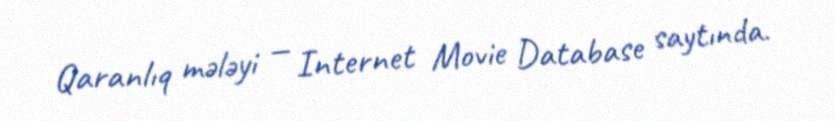
Qaranlıq mələyi — Internet Movie Database saytında.